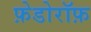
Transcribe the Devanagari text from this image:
फ़ेडोरॉफ़